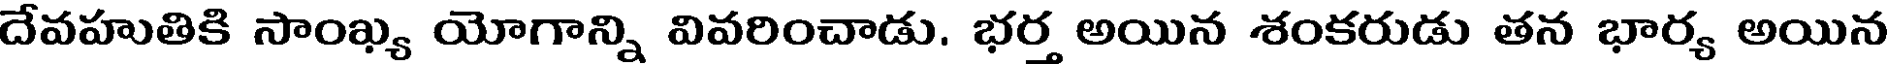
దేవహుతికి సాంఖ్య యోగాన్ని వివరించాడు. భర్త అయిన శంకరుడు తన భార్య అయిన